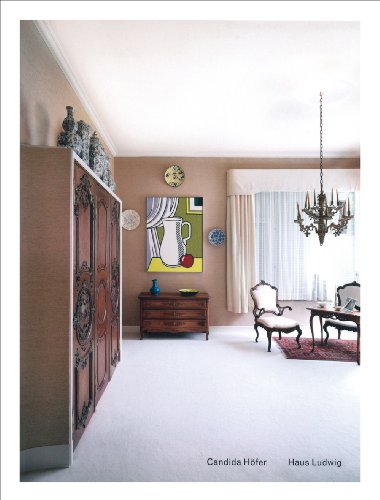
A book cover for Candida HÃ¶fer: Haus Ludwig; Health, Fitness & Dieting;